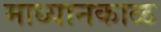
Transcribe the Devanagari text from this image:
माध्यानकाळ